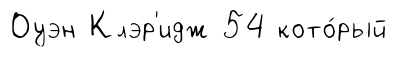
Оуэн Клэр'идж 54 кото́рый